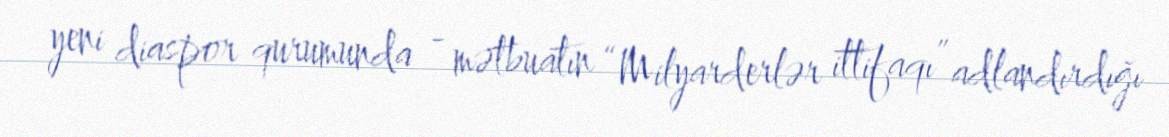
yeni diaspor qurumunda - mətbuatın “Milyarderlər ittifaqı” adlandırdığı